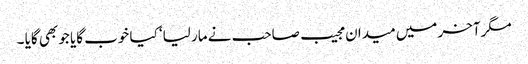
مگرآخر میں میدان مجیب صاحب نے مار لیا‘ کیا خوب گایا جو بھی گایا ۔